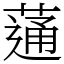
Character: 蓪